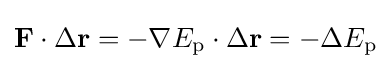
\mathbf {F} \cdot \Delta \mathbf {r} =-\mathbf {\nabla } E_{\mathrm {p} }\cdot \Delta \mathbf {r} =-\Delta E_{\mathrm {p} }